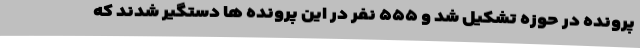
پرونده در حوزه تشکیل شد و ۵۵۵ نفر در این پرونده ها دستگیر شدند که